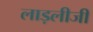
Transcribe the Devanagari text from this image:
लाड़लीजी